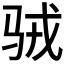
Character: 𱅉